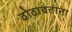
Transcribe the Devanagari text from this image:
ठोठावताना